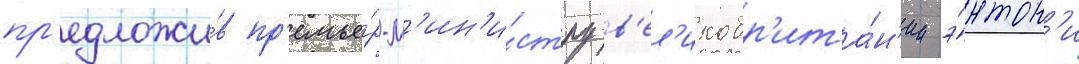
пр'едложи́в пр'емье́р-м'ин'и́стру в'ел'икобр'ита́н'ии э́нтон'и